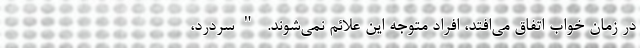
در زمان خواب اتفاق می‌افتد، افراد متوجه این علائم نمی‌شوند. "سردرد،